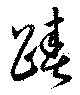
踳